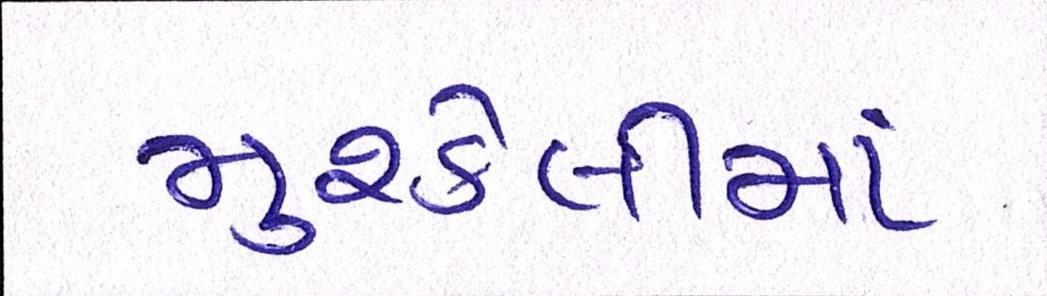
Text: મુશ્કેલીમાં